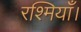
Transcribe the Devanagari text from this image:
रश्मियाँ।